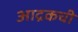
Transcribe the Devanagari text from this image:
आद्रकची